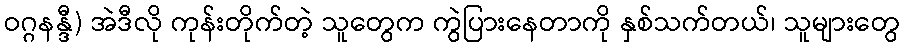
ဝဂ္ဂနန္ဒီ) အဲဒီလို ကုန်းတိုက်တဲ့ သူတွေက ကွဲပြားနေတာကို နှစ်သက်တယ်၊ သူများတွေ